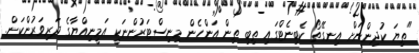
"ތިޔަ ކުދިންނަށް އިނގޭތޯ ކެބިނެޓްގައި ތިބި ތިން އަންހެން މިނިސްޓަރުންނަކީ އަމީނިއްޔާގެ ދަރިވަރުންކަން.